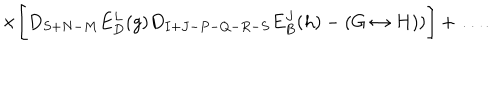
LaTeX: \times \Biggl [ D _ { S + N - M } E _ { D } ^ { L } ( g ) D _ { I + J - P - Q - R - S } E _ { B } ^ { J } ( h ) - ( G \leftrightarrow H ) ) \Biggr ] + \ldots .